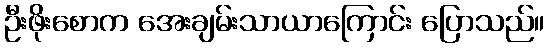
ဦးဖိုးစောက အေးချမ်းသာယာကြောင်း ပြောသည်။